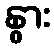
နွား